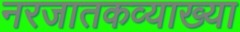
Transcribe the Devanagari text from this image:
नरजातकव्याख्या